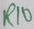
Text: R10